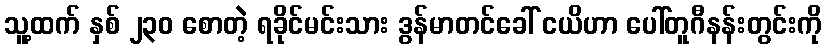
သူ့ထက် နှစ် ၂၃၀ စောတဲ့ ရခိုင်မင်းသား ဒွန်မာတင်ခေါ် ငယိဟာ ပေါ်တူဂီနန်းတွင်းကို